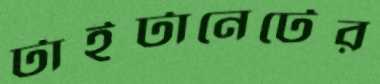
টাইটানেটের